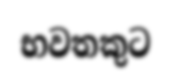
භවතකුට